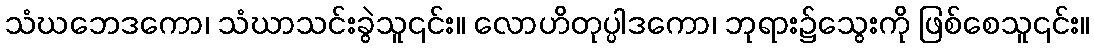
သံဃဘေဒကော၊ သံဃာသင်းခွဲသူ၎င်း။ လောဟိတုပ္ပါဒကော၊ ဘုရား၌သွေးကို ဖြစ်စေသူ၎င်း။